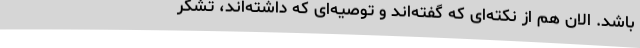
باشد. الان هم از نکته‌ای که گفته‌اند و توصیه‌ای که داشته‌اند، تشکر